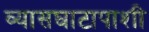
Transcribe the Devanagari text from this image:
व्यासघाटापाशी